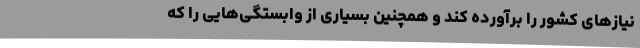
نیازهای کشور را برآورده کند و همچنین بسیاری از وابستگی‌هایی را که